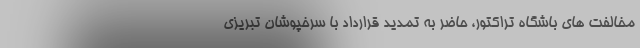
مخالفت های باشگاه تراکتور، حاضر به تمدید قرارداد با سرخپوشان تبریزی